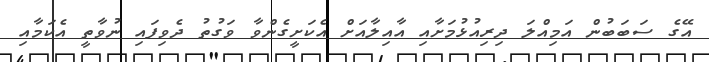
އޭގެ ސަބަބުން އަމިއްލަ ދިރިއުޅުމަށާއި އާއިލާއަށް އެކަށީގެންވާ ވަގުތު ދެވިފައި ނުވާތީ އެކަމާއި